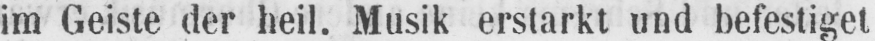
im Geiste der heil. Musik erstarkt und befestiget